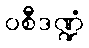
ဝစီဒဏ္ဍံ